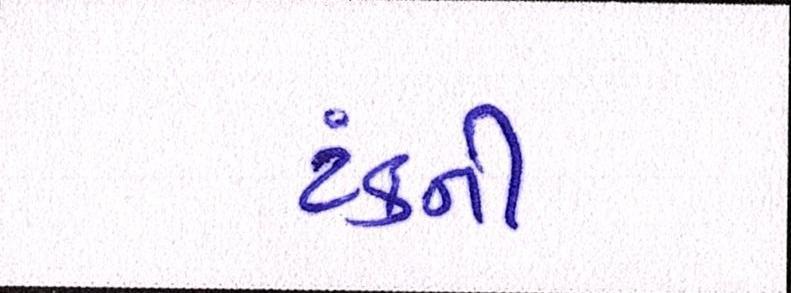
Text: ટંકની